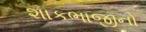
શાકભાજીનો